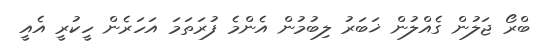
ބްރޯ ޖަލުން ގެއްލުން ޚަބަރު ލިބުމުން އެންމެ ފުރަތަމަ އަހަރެން ހީކުރީ އެއީ